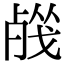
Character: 𣨦